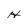
Character: H